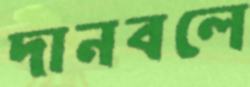
দানবলে